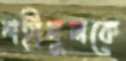
শহীদুলকে